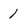
Character: 1